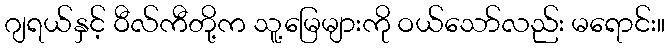
ဂျရယ်နှင့် ဝီလ်ကီတို့က သူ့မြေများကို ဝယ်သော်လည်း မရောင်း။